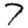
Digit: 7